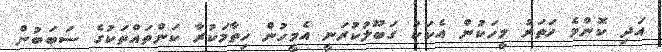
އަދި ކޮންމެ ހަތަރު މީހަކުން އެކަކު ގަބޫލުކުރަނީ އެމީހުން ހިތާމަކުރާ ކަންތައްތަކުގެ ސަބަބުން